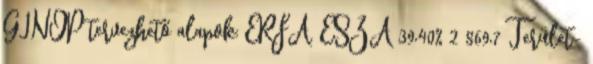
GINOP tervezhető alapok: ERFA, ESZA 39,40% 2 869,7 Terület-